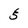
Character: 5